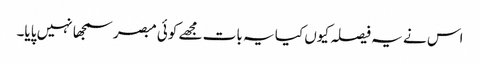
اس نے یہ فیصلہ کیوں کیا یہ بات مجھے کوئی مبصر سمجھا نہیں پایا۔